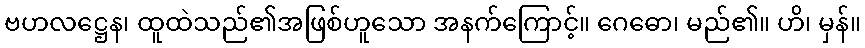
ဗဟလဋ္ဌေန၊ ထူထဲသည်၏အဖြစ်ဟူသော အနက်ကြောင့်။ ဂေဓော၊ မည်၏။ ဟိ၊ မှန်။